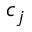
c _ { j }